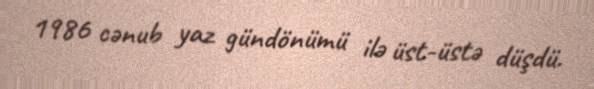
1986 cənub yaz gündönümü ilə üst-üstə düşdü.